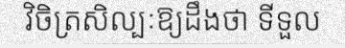
វិចិត្រសិល្បៈឱ្យដឹងថា ទីទួល